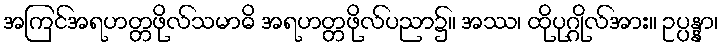
အကြင်အရဟတ္တဖိုလ်သမာဓိ အရဟတ္တဖိုလ်ပညာ၌။ အဿ၊ ထိုပုဂ္ဂိုလ်အား။ ဥပ္ပန္နာ၊